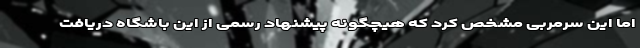
اما این سرمربی مشخص کرد که هیچگونه پیشنهاد رسمی از این باشگاه دریافت